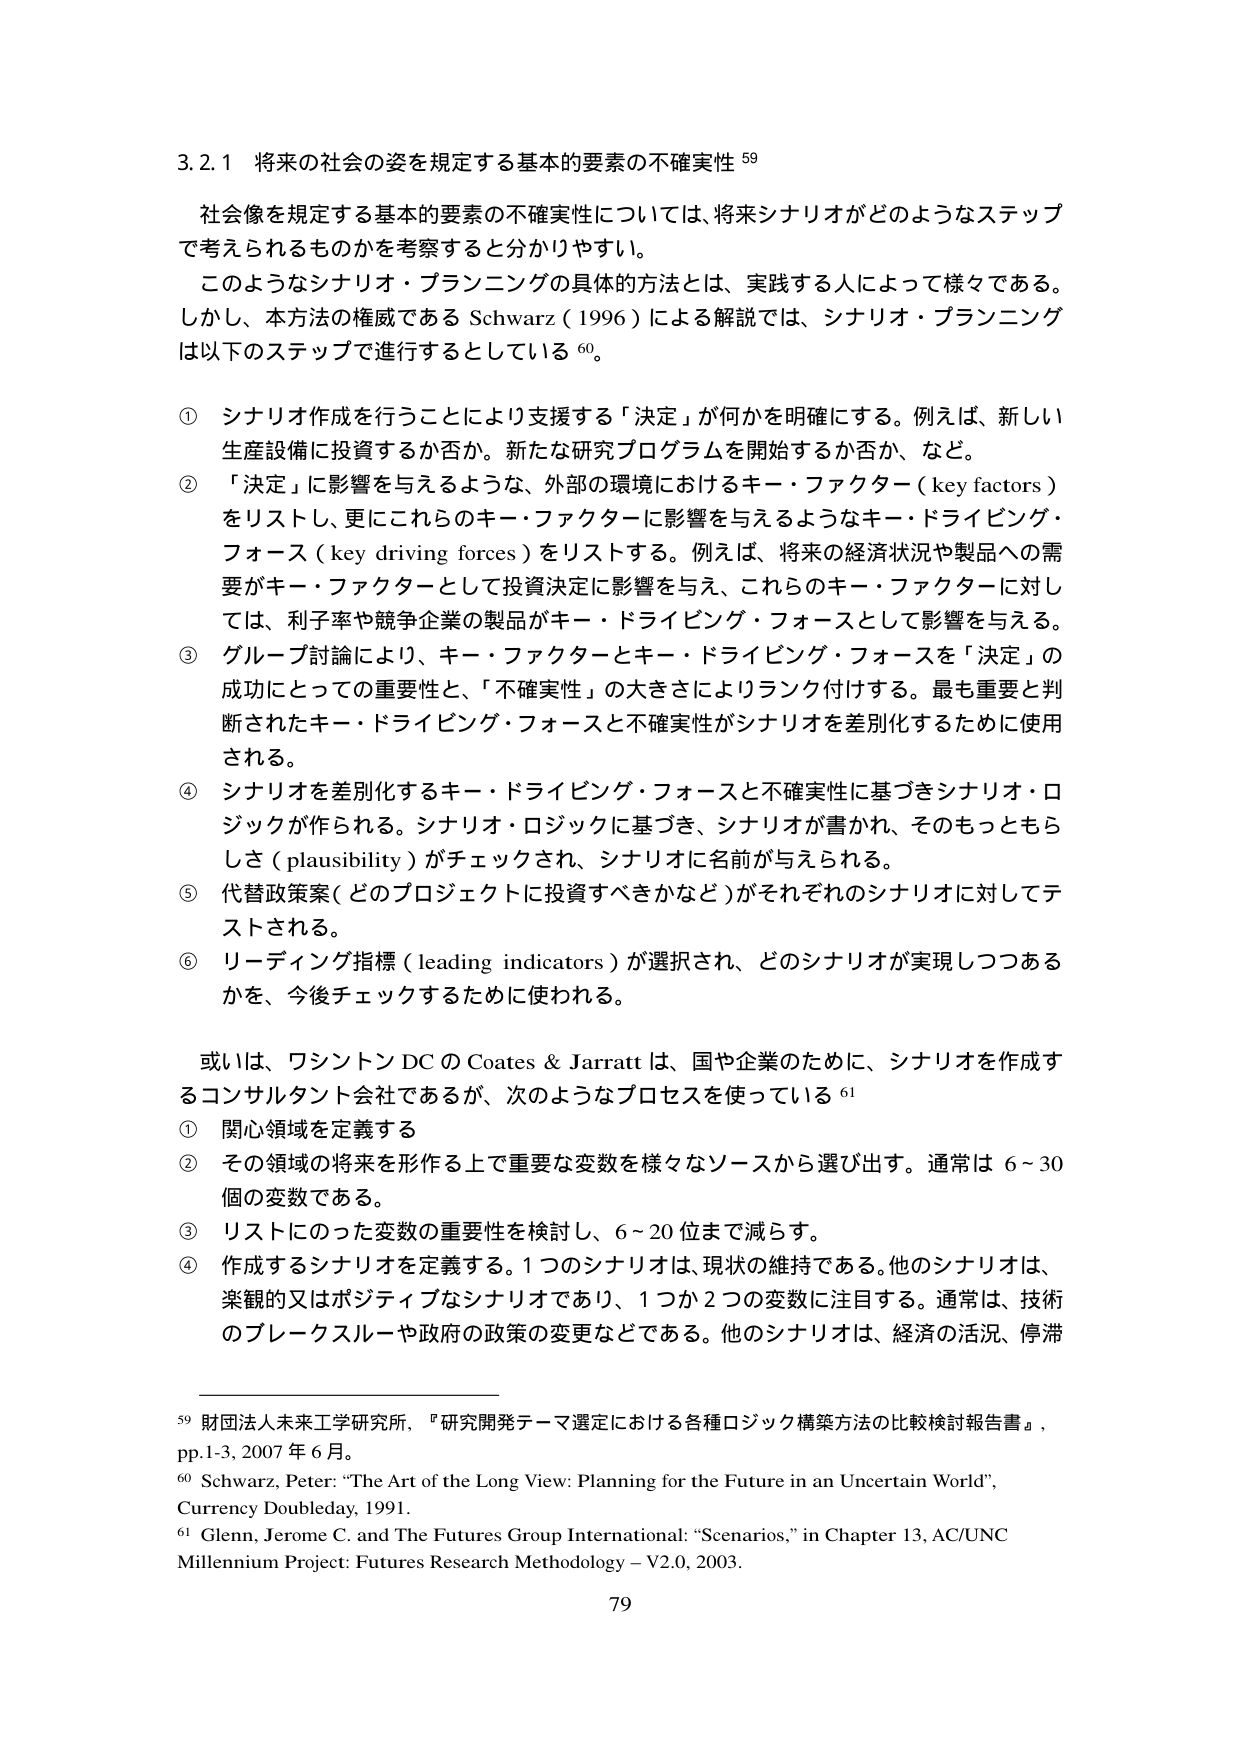
3.2.1 将来の社会の姿を規定する基本的要素の不確実性 59

社会像を規定する基本的要素の不確実性については、将来シナリオがどのようなステップで考えられるものかを考察すると分かりやすい。

このようなシナリオ・プランニングの具体的手法とは、実践する人によって様々である。しかし、本方法の権威である Schwarz (1996) による解説では、シナリオ・プランニングは以下のステップで進行するとしている 60。

① シナリオ作成を行うことにより支援する「決定」が何かを明確にする。例えば、新しい生産設備に投資するか否か。新たな研究プログラムを開始するか否か、など。

② 「決定」に影響を与えるような、外部の環境におけるキー・ファクター (key factors) をリストし、更にこれらのキー・ファクターに影響を与えるようなキー・ドライビング・フォース (key driving forces) をリストする。例えば、将来の経済状況や製品への需要がキー・ファクターとして投資決定に影響を与え、これらのキー・ファクターに対しては、利子率や競争企業の製品がキー・ドライビング・フォースとして影響を与える。

③ グループ討論により、キー・ファクターとキー・ドライビング・フォースを「決定」の成功にとっての重要性と、「不確実性」の大きさによりランク付けする。最も重要と判断されたキー・ドライビング・フォースと不確実性がシナリオを差別化するために使用される。

④ シナリオを差別化するキー・ドライビング・フォースと不確実性に基づきシナリオ・ロジックが作られる。シナリオ・ロジックに基づき、シナリオが書かれ、そのもっともらしさ (plausibility) がチェックされ、シナリオに名前が与えられる。

⑤ 代替政策案 (どのプロジェクトに投資すべきかなど) がそれぞれのシナリオに対してテストされる。

⑥ リーディング指標 (leading indicators) が選択され、どのシナリオが実現しつつあるかを、今後チェックするために使われる。

或いは、ワシントン DC の Coates & Jarratt は、国や企業のために、シナリオを作成するコンサルタント会社であるが、次のようなプロセスを使っている 61

① 関心領域を定義する

② その領域の将来を形作る上で重要な変数を様々なソースから選び出す。通常は 6～30 個の変数である。

③ リストにのった変数の重要性を検討し、6～20 位まで減らす。

④ 作成するシナリオを定義する。1つのシナリオは、現状の維持である。他のシナリオは、楽観的又はポジティブなシナリオであり、1つか2つの変数に注目する。通常は、技術のブレイクスルー や政府の政策の変更などである。他のシナリオは、経済の活況、停滞

59 財団法人未来工学研究所、『研究開発テーマ選定における各種ロジック構築方法の比較検討報告書』、pp.1-3, 2007 年 6 月。

60 Schwarz, Peter: “The Art of the Long View: Planning for the Future in an Uncertain World”, Currency Doubleday, 1991.

61 Glenn, Jerome C. and The Futures Group International: “Scenarios,” in Chapter 13, AC/UNC Millennium Project: Futures Research Methodology – V2.0, 2003.

79